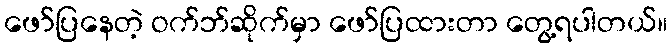
ဖော်ပြနေတဲ့ ဝက်ဘ်ဆိုက်မှာ ဖော်ပြထားတာ တွေ့ရပါတယ်။